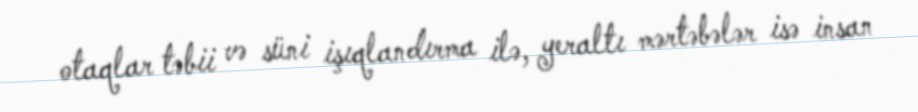
otaqlar təbii və süni işıqlandırma ilə, yeraltı mərtəbələr isə insan